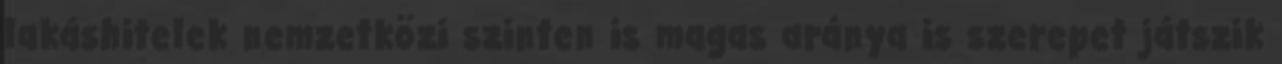
lakáshitelek nemzetközi szinten is magas aránya is szerepet játszik